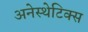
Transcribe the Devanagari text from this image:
अनेस्थेटिक्स